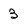
Character: 3